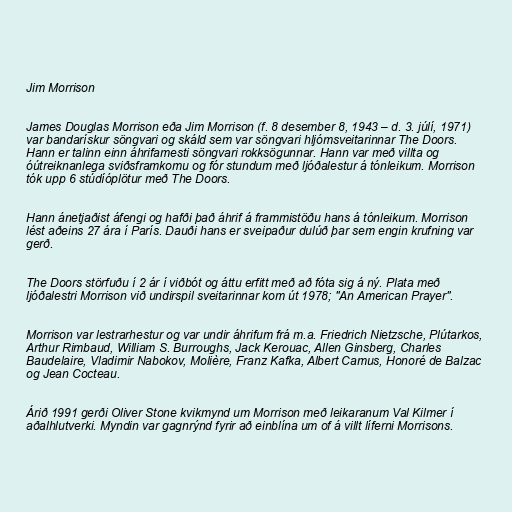
Jim Morrison

James Douglas Morrison eða Jim Morrison (f. 8 desember 8, 1943 – d. 3. júlí, 1971)
var bandarískur söngvari og skáld sem var söngvari hljómsveitarinnar The Doors.
Hann er talinn einn áhrifamesti söngvari rokksögunnar. Hann var með villta og
óútreiknanlega sviðsframkomu og fór stundum með ljóðalestur á tónleikum. Morrison
tók upp 6 stúdíóplötur með The Doors.

Hann ánetjaðist áfengi og hafði það áhrif á frammistöðu hans á tónleikum. Morrison
lést aðeins 27 ára í París. Dauði hans er sveipaður dulúð þar sem engin krufning var
gerð.

The Doors störfuðu í 2 ár í viðbót og áttu erfitt með að fóta sig á ný. Plata með
ljóðalestri Morrison við undirspil sveitarinnar kom út 1978; "An American Prayer".

Morrison var lestrarhestur og var undir áhrifum frá m.a. Friedrich Nietzsche, Plútarkos,
Arthur Rimbaud, William S. Burroughs, Jack Kerouac, Allen Ginsberg, Charles
Baudelaire, Vladimir Nabokov, Molière, Franz Kafka, Albert Camus, Honoré de Balzac
og Jean Cocteau.

Árið 1991 gerði Oliver Stone kvikmynd um Morrison með leikaranum Val Kilmer í
aðalhlutverki. Myndin var gagnrýnd fyrir að einblína um of á villt líferni Morrisons.